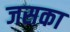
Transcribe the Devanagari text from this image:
जसका